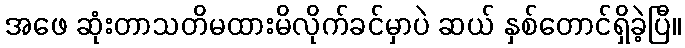
အဖေ ဆုံးတာသတိမထားမိလိုက်ခင်မှာပဲ ဆယ် နှစ်တောင်ရှိခဲ့ပြီ။